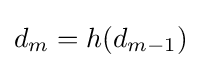
d_{m}=h(d_{m-1})